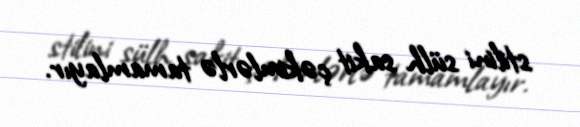
stilini sülh sakit çəkimlərlə tamamlayır.